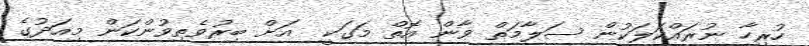
ހުރިހާ ނުރައްކަލަކުން ސަލާމަތް ވާން އޮތް މަގަކީ  އަށް ބިރުވެތިވުންކަން މިއަދުގެ